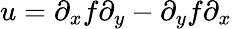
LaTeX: u=\partial_{x}f\partial_{y}-\partial_{y}f\partial_{x}